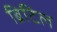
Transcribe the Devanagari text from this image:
ब्रिटिल